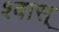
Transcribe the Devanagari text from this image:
श्वास्